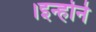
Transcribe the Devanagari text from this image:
।इन्होने